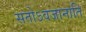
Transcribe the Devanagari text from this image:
सतोऽवजानाति